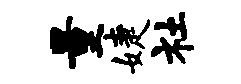
量婕社